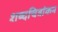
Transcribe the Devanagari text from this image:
शब्दचित्रांकन